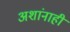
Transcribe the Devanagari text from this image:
अशांनाही